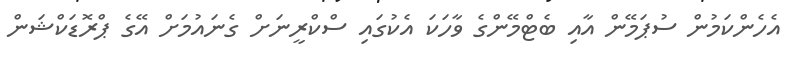
އެހެންކަމުން ސުޕަމޭން އާއި ބެޓްމޭންގެ ވާހަކަ އެކުގައި ސްކްރީނަށް ގެނައުމަށް އޭގެ ޕްރޮޑަކްޝަން